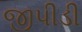
જીપીડી